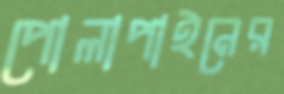
পোলাপাইনের